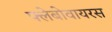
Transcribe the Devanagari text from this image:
फ्लेबोवायरस